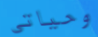
وحياتي